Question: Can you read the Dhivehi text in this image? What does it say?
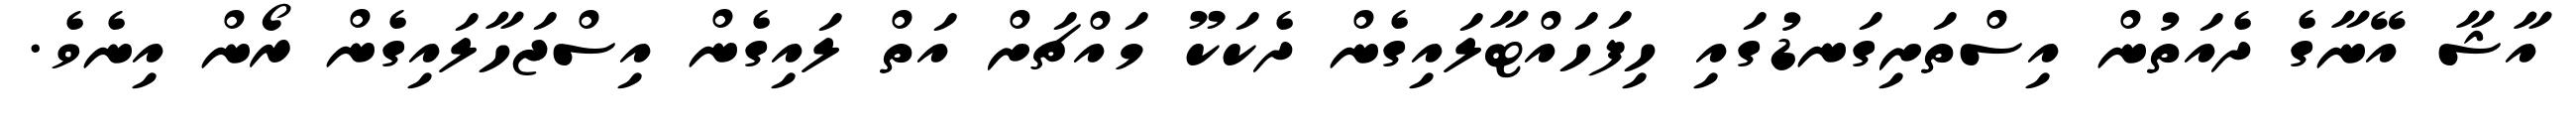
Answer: އާޝާ އޭނާގެ ދެއަތުން އިސްތަށިގަނޑުގައި ހިފަހައްޓާލައިގެން ދެކަކޫ މައްޗަށް އަތް ލައިގެން އިސްޖަހާލައިގެން ރޯން އިނެވެ.